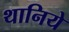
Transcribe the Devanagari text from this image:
थानिये